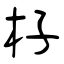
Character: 杍